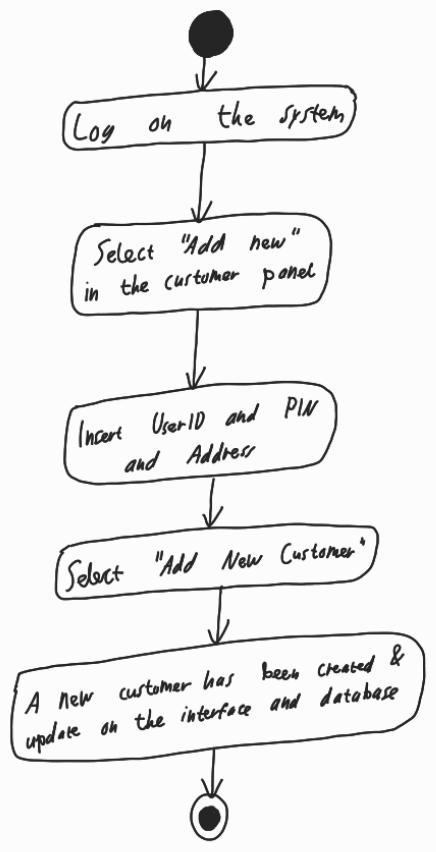
Diagram type: activity_diagram
```plantuml
@startuml

start

:Log on the system;

:Select "Add new" in the customer panel;

:Insert UserID an PIN and Address;

:Select "Add New Customer";

:A new customer has been created & update on the interface and database;

stop

@enduml
```